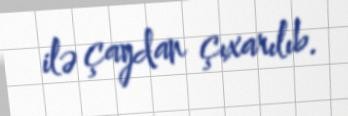
ilə çaydan çıxarılıb.